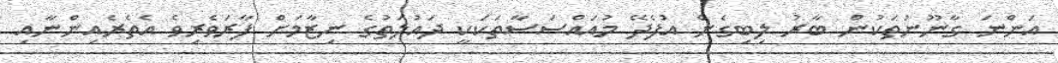
އަންނަ ގާނޫނުތަކުން ބާރު ލިބިގެން އުފެދޭ މުއައްސަސާތަކަކީ ދައުލަތުގެ ނިޒާމަށް ފާރަވެރިވެ އެތެރެއިންނާއި